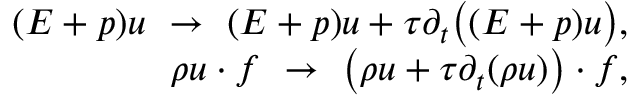
\begin{array} { r } { ( E + p ) \* u \ \rightarrow \ ( E + p ) \* u + \tau \partial _ { t } \big ( ( E + p ) \* u \big ) , } \\ { \rho \* u \cdot \* f \ \rightarrow \ \big ( \rho \* u + \tau \partial _ { t } ( \rho \* u ) \big ) \cdot \* f , } \end{array}